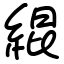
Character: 緄